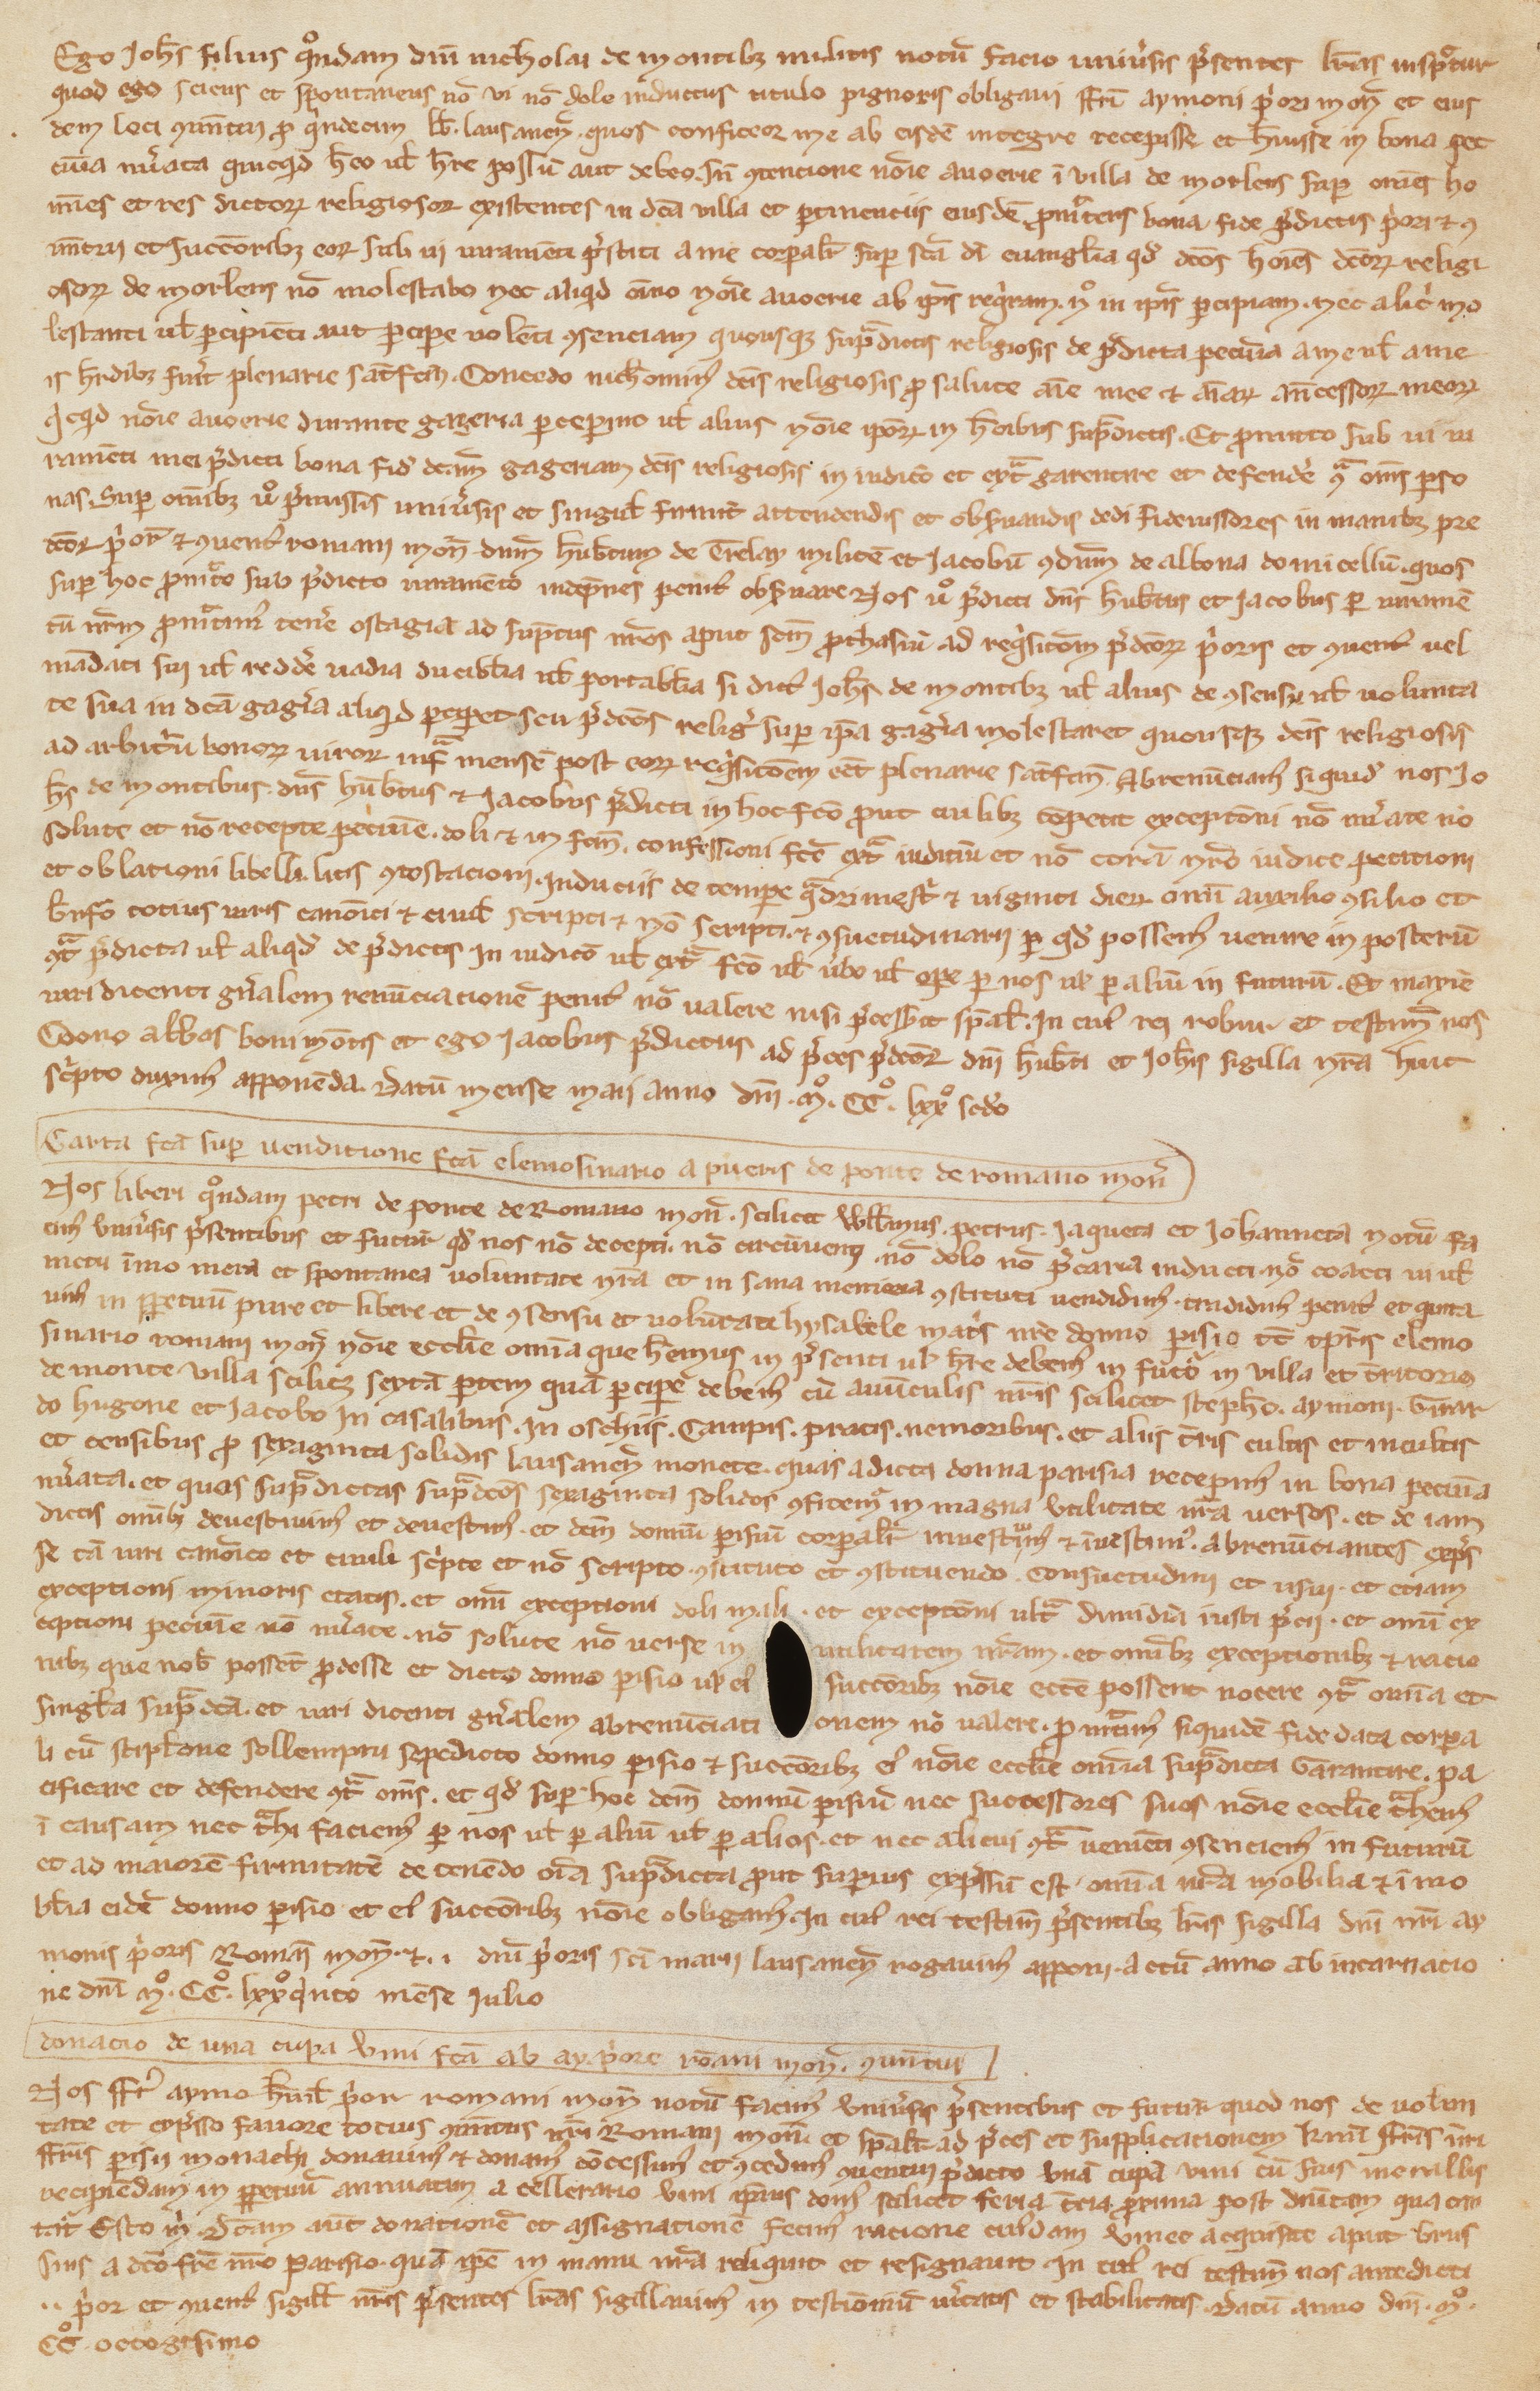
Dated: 1100–1315